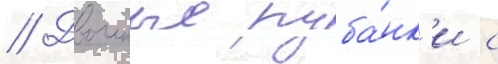
// Двоиные руба́нк'и с